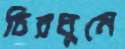
চিরঘুমে